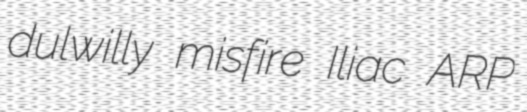
dulwilly misfire Iliac ARP